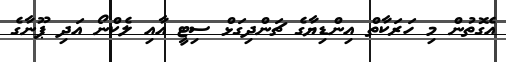
އެގޮތުން މި ހަރަކާތް އިންޑިޔާގެ ޗަންދިގަޅް ސިޓީ އާއި ލެކްނޯ އަދި ޕޫނާގެ